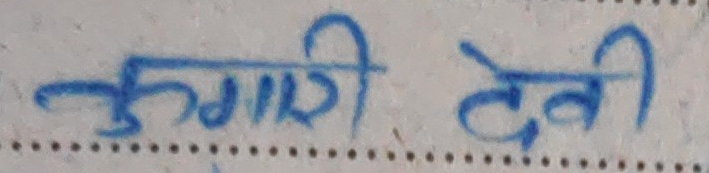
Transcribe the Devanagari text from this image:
झुम्मारी देवी